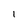
Character: l